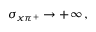
\sigma _ { x \pi ^ { + } } \to + \infty \, ,